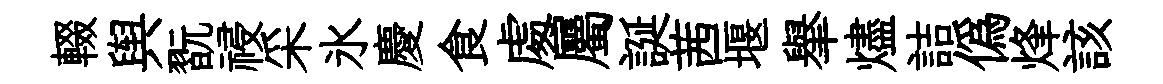
輟舆翫祲采氷慶食䖏屬誕茜堰𦦙燼詰偽烽該